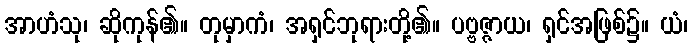
အာဟံသု၊ ဆိုကုန်၏။ တုမှာကံ၊ အရှင်ဘုရားတို့၏။ ပဗ္ဗဇ္ဇာယ၊ ရှင်အဖြစ်၌။ ယံ၊